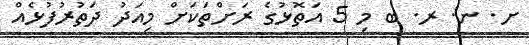
ށ. ނ. ރ. ބ މި 5 އަތޮޅުގެ ރަށްތަކަށް މިއަދު ދަތުރުފުޅެއް